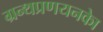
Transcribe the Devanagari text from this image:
ग्रन्थप्रणयनकाे